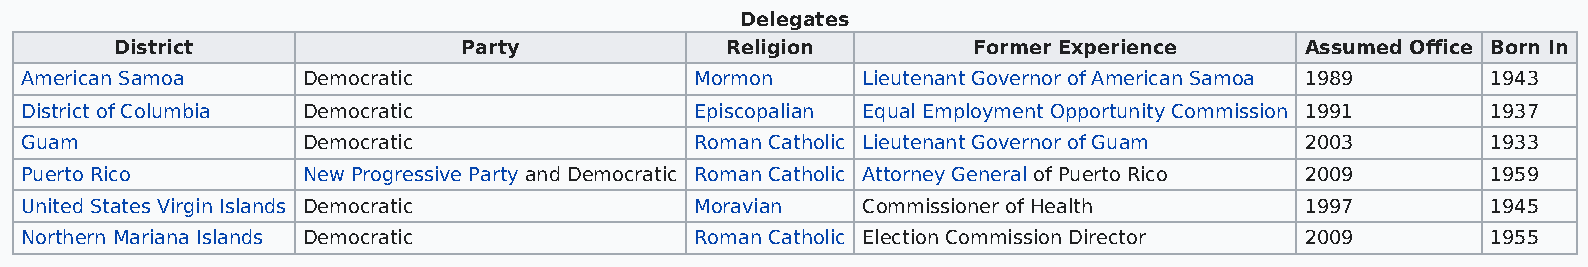
Delegates
 District               Party            Religion        Former Experience     Assumed Office Born In
 American Samoa     Democratic                Mormon     Lieutenant Governor of American Samoa 1989 1943
 District of Columbia Democratic              Episcopalian Equal Employment Opportunity Commission 1991 1937
 Guam               Democratic                Roman Catholic Lieutenant Governor of Guam 2003      1933
 Puerto Rico        New Progressive Party and Democratic Roman Catholic Attorney General of Puerto Rico 2009 1959
 United States Virgin Islands Democratic      Moravian   Commissioner of Health       1997         1945
 Northern Mariana Islands Democratic          Roman Catholic Election Commission Director 2009     1955